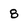
Character: 8